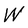
Character: W